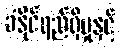
ခံနိုင်ရည်ရှိမှုနှင့်